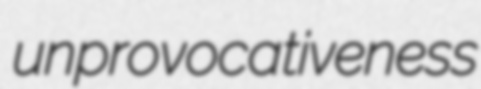
unprovocativeness